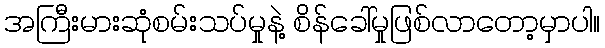
အကြီးမားဆုံစမ်းသပ်မှုနဲ့ စိန်ခေါ်မှုဖြစ်လာတော့မှာပါ။